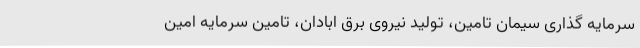
سرمایه‌ گذاری سیمان تامین، تولید نیروی برق ابادان، تامین سرمایه امین